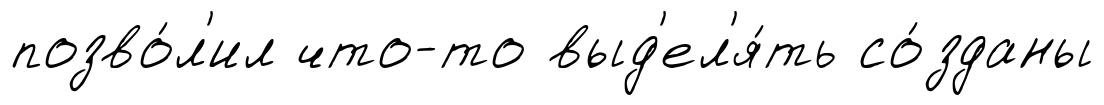
позво́л'ил что-то выд'ел'я́ть со́зданы